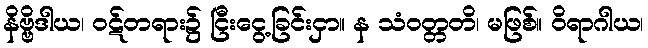
နိဗ္ဗိဒါယ၊ ဝဋ်တရား၌ ငြီးငွေ့ခြင်းငှာ။ န သံဝတ္တတိ၊ မဖြစ်။ ဝိရာဂါယ၊